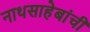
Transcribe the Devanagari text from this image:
नाथसाहेबांची